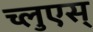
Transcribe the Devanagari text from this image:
च्लुएस्